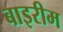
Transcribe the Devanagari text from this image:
बाइरीम